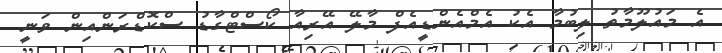
އެ މައުލޫމާތު ލިބުމާ އެކު އެމްއެންޑީއެފް މާލޭ އޭރިއާ ކޯސްޓްގާޑު ސްކޮޑްރަންއިން ވަނީ